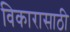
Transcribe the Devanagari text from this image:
विकारासाठी